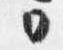
ワ